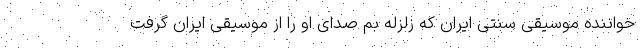
خواننده موسیقی سنتی ایران که زلزله بم صدای او را از موسیقی ایران گرفت